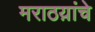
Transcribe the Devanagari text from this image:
मराठय़ांचे